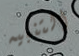
التنبيه